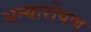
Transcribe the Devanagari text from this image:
अन्यारोपण